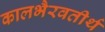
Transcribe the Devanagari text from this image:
कालभैरवतीर्थ